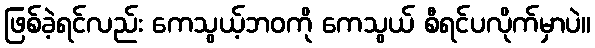
ဖြစ်ခဲ့ရင်လည်း ကေသွယ့်ဘဝကို ကေသွယ် စီရင်ပလိုက်မှာပဲ။